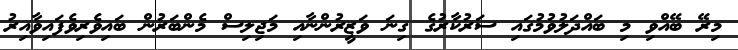
މިރޭ ބޭއްވި މި ބައްދަލުވުމުގައި ސަރުކާރުގެ ގިނަ ވަޒީރުންނާއި މަޖިލިސް މެންބަރުން ބައިވެރިވެފައިވާއިރު